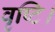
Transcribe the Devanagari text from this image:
वृष्टि।